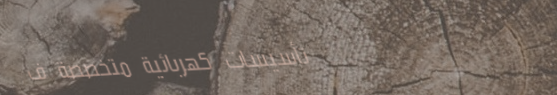
تأسيسات كهربائية متخصصة ف